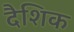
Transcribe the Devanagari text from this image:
दैशिक